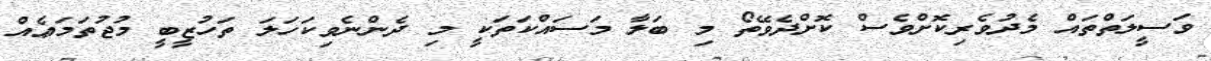
ވަސީލަތްތައް މެދުވެރިކޮށްވެސް ކޮށްދެވޭތޯ މި ބަލާ މަސައްކަތަކީ މި ދެންނެވިކަހަލަ ތަހުޒީބީ މުޖުތަމަޢެއް